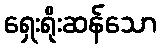
ရှေးရိုးဆန်သော